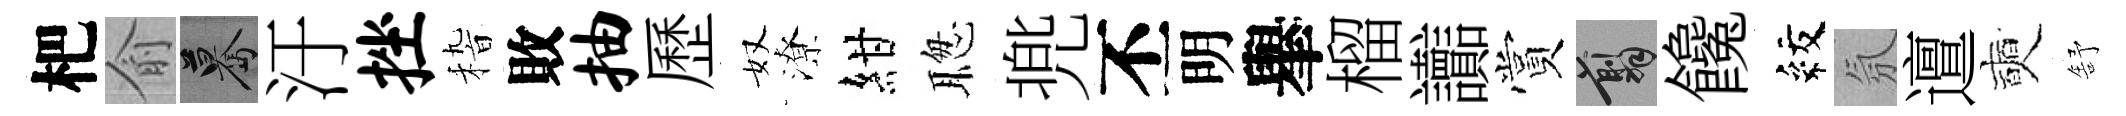
杷俞驀汙挫𥟵敗抽歷奴潦紺聦兠丕明𦦙榴讟賞翦饞紋氛邅奭舒